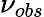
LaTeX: \nu_{obs}